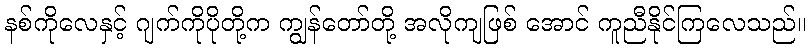
နစ်ကိုလေနှင့် ဂျက်ကိုပိုတို့က ကျွန်တော်တို့ အလိုကျဖြစ် အောင် ကူညီနိုင်ကြလေသည်။